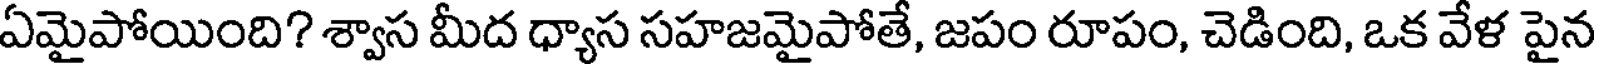
ఏమైపోయింది? శ్వాస మీద ధ్యాస సహజమైపోతే, జపం రూపం, చెడింది, ఒక వేళ పైన